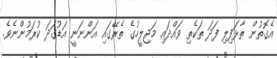
އެގޮތުން ތާޅަފިލި ފަދަ ތަކެތި ވައްދައި މަޖިލީހުގެ ތެރޭގައި އަންނަނީ އަޑުގަދަ ކުރަމުންނެވެ.